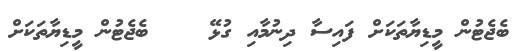
ބެޖެޓުން މީޑިޔާތަކަށް ފައިސާ ދިނުމާއި ގުޅޭ    ބެޖެޓުން މީޑިޔާތަކަށް